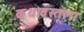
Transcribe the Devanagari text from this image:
कथावस्तूला